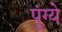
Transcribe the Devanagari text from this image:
पुंग्ये